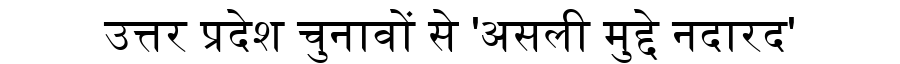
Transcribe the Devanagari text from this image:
उत्तर प्रदेश चुनावों से 'असली मुद्दे नदारद'